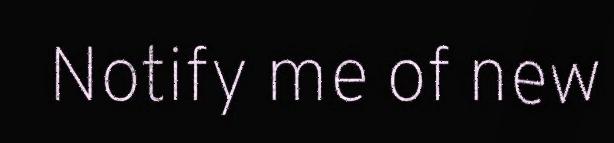
Notify me of new